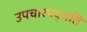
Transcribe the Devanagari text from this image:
उपचारपद्धति